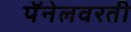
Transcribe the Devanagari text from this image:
पॅनेलवरती